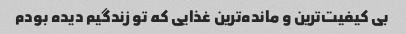
بی کیفیت‌ترین و مانده‌ترین غذایی که تو زندگیم دیده بودم